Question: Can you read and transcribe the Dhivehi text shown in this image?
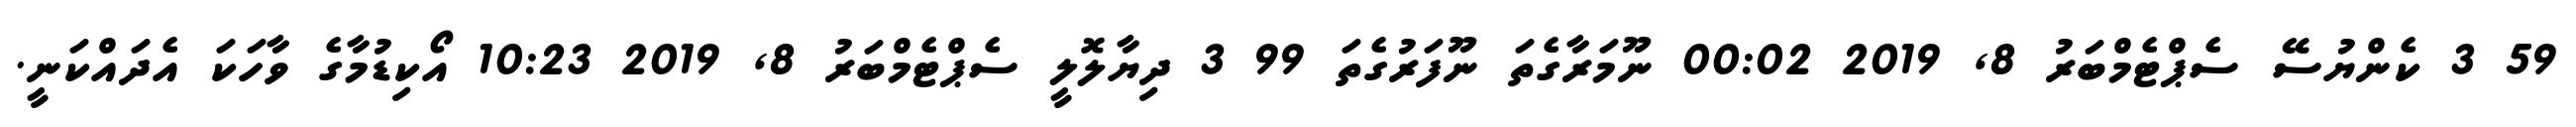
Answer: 59 3 ކެންޔުސޭ ސެޕްޓެމްބަރު 8, 2019 00:02 ނޫމަރާގެތަ ނޫފަރުގެތަ 99 3 ދިޔާލޮލީ ސެޕްޓެމްބަރު 8, 2019 10:23 އޯކިޑުމާގެ ވާހަކަ އެދައްކަނީ.